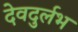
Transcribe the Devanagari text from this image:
देवदुर्लभ